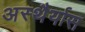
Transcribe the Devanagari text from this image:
अस्थैर्यास